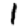
Digit: 1